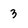
Character: 3